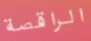
الراقصة